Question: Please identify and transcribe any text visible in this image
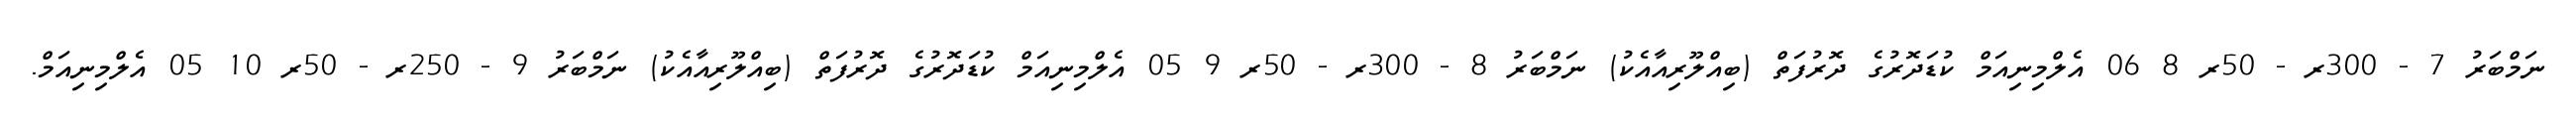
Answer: ނަމްބަރު 7 - 300ރ - 50ރ 8 06 އެލްމިނިއަމް ކުޑަދޮރުގެ ދޮރުފަތް (ބިއްލޫރިއާއެކު) ނަމްބަރު 8 - 300ރ - 50ރ 9 05 އެލްމިނިއަމް ކުޑަދޮރުގެ ދޮރުފަތް (ބިއްލޫރިއާއެކު) ނަމްބަރު 9 - 250ރ - 50ރ 10 05 އެލްމިނިއަމް.